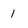
Character: 1